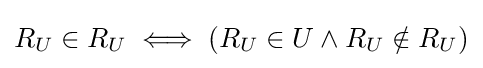
R_{U}\in R_{U}\iff (R_{U}\in U\wedge R_{U}\notin R_{U})